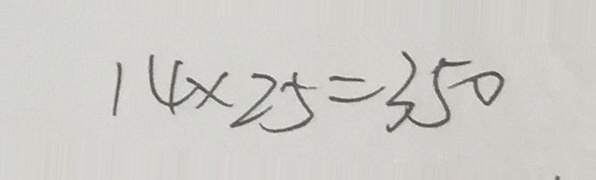
1 4 \times 2 5 = 3 5 0 .